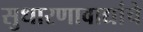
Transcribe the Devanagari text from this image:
सुधारणावाद्यांचे